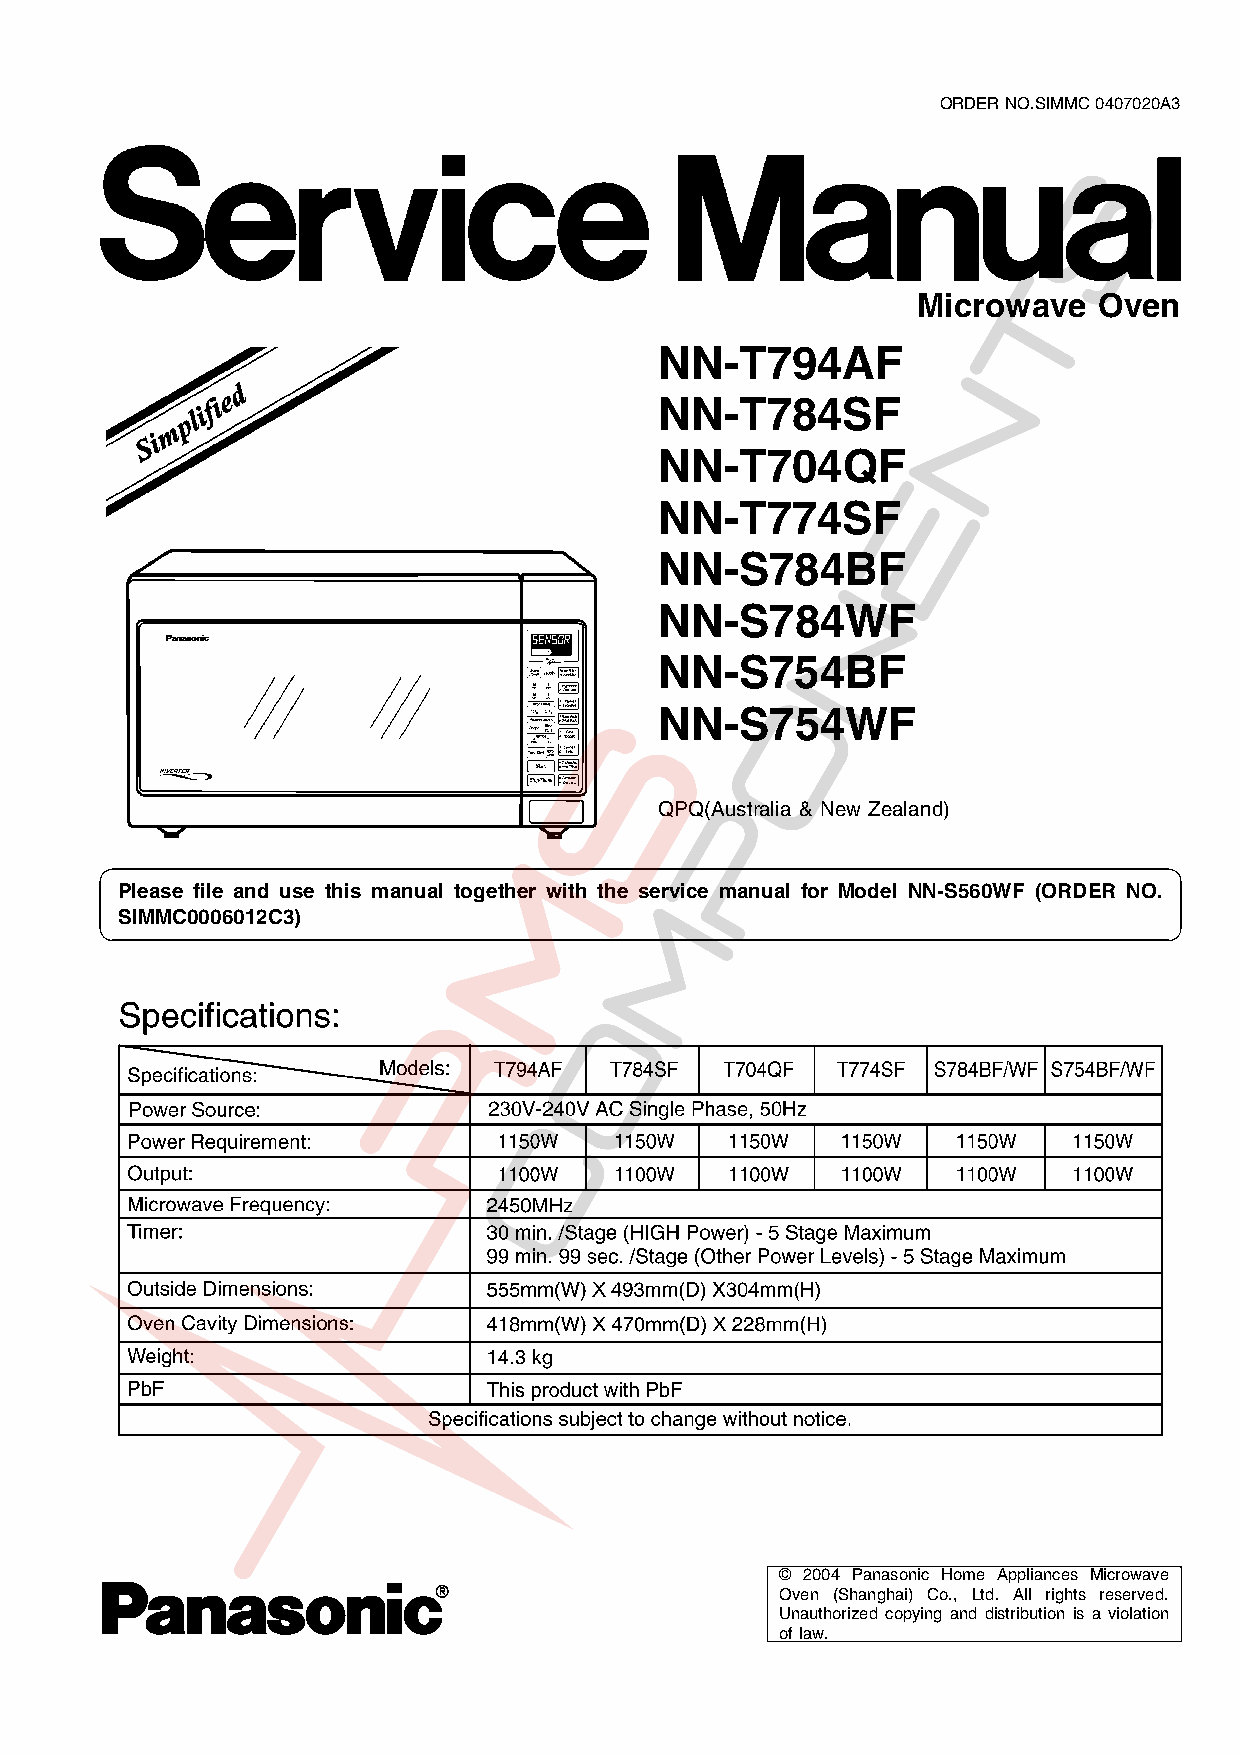
ORDERNO.SIMMC0407020A3
 Microwave   Oven
 NN-T794AF
 NN-T784SF
 NN-T704QF
 NN-T774SF
 NN-S784BF
 NN-S784WF
 NN-S754BF
 NN-S754WF
 QPQ(Australia & New Zealand)
 Please file and use this manual together with the service manual for Model NN-S560WF (ORDER NO.
 SIMMC0006012C3)
 © 2004 Panasonic Home Appliances Microwave
 Oven (Shanghai) Co., Ltd. All rights reserved.
 Unauthorized copying and distribution is a violation
 oflaw.